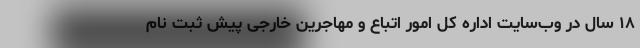
۱۸ سال در وب‌سایت اداره کل امور اتباع و مهاجرین خارجی پیش ثبت نام